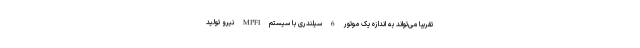
تقریباً می‌تواند به اندازه یک موتور 6 سیلندری با سیستم MPFI نیرو تولید